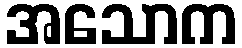
အသောက